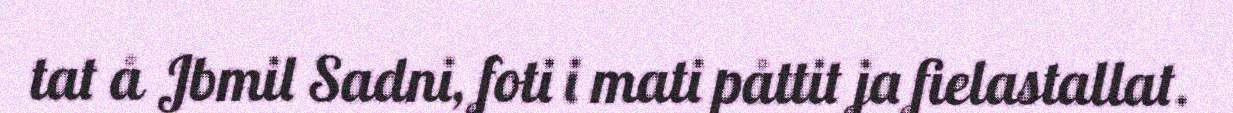
tat å Jbmil Sadni, foti i mati påttit ja fielastallat.